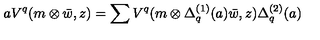
a V ^ { q } ( m \otimes \bar { w } , z ) = \sum V ^ { q } ( m \otimes \Delta _ { q } ^ { ( 1 ) } ( a ) \bar { w } , z ) \Delta _ { q } ^ { ( 2 ) } ( a )